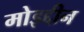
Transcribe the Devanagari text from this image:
मोइद्दीन